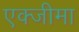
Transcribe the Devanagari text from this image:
एक्जीमा